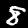
Label: 8